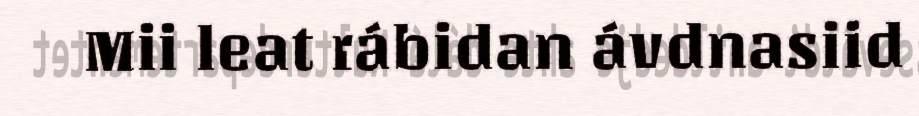
Mii leat rábidan ávdnasiid